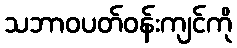
သဘာဝပတ်ဝန်းကျင်ကို